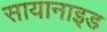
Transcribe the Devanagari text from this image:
सायानाइड